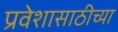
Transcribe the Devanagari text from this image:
प्रवेशासाठीच्या